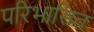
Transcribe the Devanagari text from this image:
परिभासित